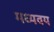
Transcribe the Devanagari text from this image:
मध्यवय